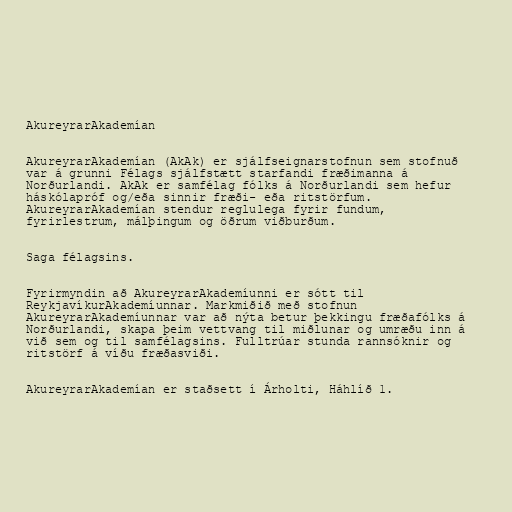
AkureyrarAkademían

AkureyrarAkademían (AkAk) er sjálfseignarstofnun sem stofnuð
var á grunni Félags sjálfstætt starfandi fræðimanna á
Norðurlandi. AkAk er samfélag fólks á Norðurlandi sem hefur
háskólapróf og/eða sinnir fræði- eða ritstörfum.
AkureyrarAkademían stendur reglulega fyrir fundum,
fyrirlestrum, málþingum og öðrum viðburðum.

Saga félagsins.

Fyrirmyndin að AkureyrarAkademíunni er sótt til
ReykjavíkurAkademíunnar. Markmiðið með stofnun
AkureyrarAkademíunnar var að nýta betur þekkingu fræðafólks á
Norðurlandi, skapa þeim vettvang til miðlunar og umræðu inn á
við sem og til samfélagsins. Fulltrúar stunda rannsóknir og
ritstörf á víðu fræðasviði.

AkureyrarAkademían er staðsett í Árholti, Háhlíð 1.